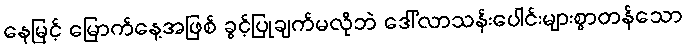
နေမြင့် မြောက်နေ့အဖြစ် ခွင့်ပြုချက်မလိုဘဲ ဒေါ်လာသန်းပေါင်းများစွာတန်သော